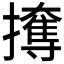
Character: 𰔳